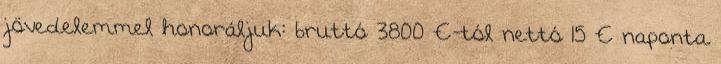
jövedelemmel honoráljuk: bruttó 3800 €-tól nettó 15 € naponta